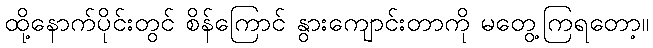
ထို့နောက်ပိုင်းတွင် စိန်ကြောင် နွားကျောင်းတာကို မတွေ့ကြရတော့။